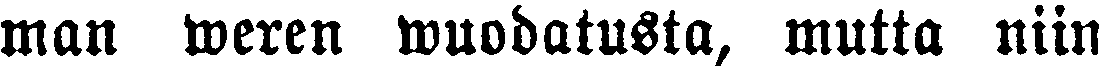
man weren wuodatusta, mutta niin